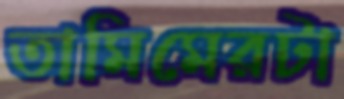
তামিমেরটা